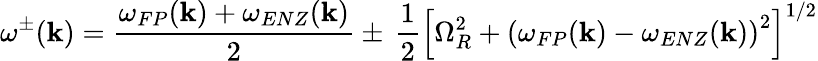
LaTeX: \omega^{\pm}(\mathbf{k})=\frac{{\omega_{FP}(\mathbf{k})+\omega_{ENZ}(\mathbf{k})}}{{2}}\pm\, \frac{{1}}{{2}}\left[\Omega_{R}^{2}+\left(\omega_{FP}(\mathbf{k})-\omega_{ENZ}(\mathbf{k})\right)^{2}\right]^{1/2}